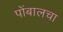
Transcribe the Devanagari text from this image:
पोंबालचा